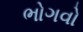
ભોગવો